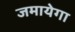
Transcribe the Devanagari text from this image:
जमायेगा